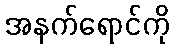
အနက်ရောင်ကို